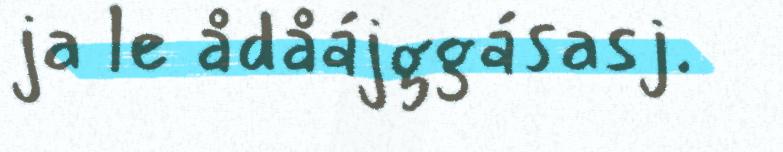
ja le ådåájggásasj.